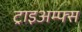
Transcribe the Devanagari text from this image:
ट्राइअम्फ्स